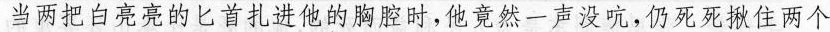
当两把白亮亮的匕首扎进他的胸腔时，他竟然一声没吭，仍死死揪住两个